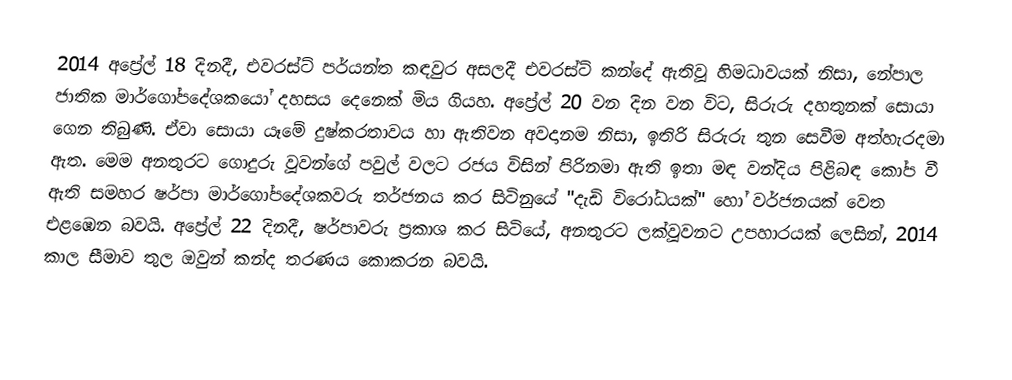
2014 අප්‍රේල් 18 දිනදී,  එවරස්ට් පර්යන්ත කඳවුර අසලදී එවරස්ට් කන්දේ ඇතිවූ හිමධාවයක් නිසා, නේපාල ජාතික මාර්ගෝපදේශකයෝ දහසය දෙනෙක් මිය ගියහ. අප්‍රේල් 20 වන දින වන විට, සිරුරු දහතුනක් සොයා ගෙන තිබුණි.  ඒවා සොයා යෑමේ දුෂ්කරතාවය හා ඇතිවන අවදානම නිසා, ඉතිරි සිරුරු තුන සෙවීම අත්හැරදමා ඇත.  මෙම අනතුරට ගොදුරු වූවන්ගේ පවුල් වලට රජය විසින් පිරිනමා ඇති ඉතා මඳ වන්දිය පිළිබඳ කෝප වී ඇති සමහර ෂර්පා මාර්ගෝපදේශකවරු තර්ජනය කර සිටිනුයේ  "දැඩි විරෝධයක්" හෝ වර්ජනයක් වෙත එළඹෙන බවයි. අප්‍රේල් 22 දිනදී, ෂර්පාවරු ප්‍රකාශ කර සිටියේ, අනතුරට ලක්වූවනට උපහාරයක් ලෙසින්, 2014 කාල සීමාව තුල ඔවුන් කන්ද තරණය කොකරන බවයි.